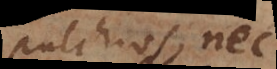
pulchros, nec